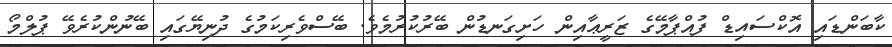
ކާބަންޑައި އޮކްސައިޑް ފުއްޕާމޭގެ ޒަރީޢާއިން ހަށިގަނޑުން ބޭރުކުރުމެވެ. ބޭސްވެރިކަމުގެ ދުނިޔޭގައި ބޭނުންކުރެވޭ ޕުލްމޯ